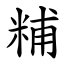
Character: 䊇